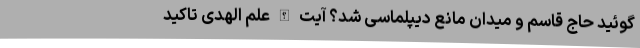
‌گوئید حاج قاسم و میدان مانع دیپلماسی شد؟ آیت الله علم الهدی تاکید